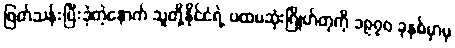
ဖြတ်သန်းပြီးခဲ့တဲ့နောက် သူတို့နိုင်ငံရဲ့ ပထမဆုံးဂြိုဟ်တုကို ၁၉၇၀ ခုနှစ်မှာမှ